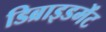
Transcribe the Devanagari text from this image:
डिब्राइडमेंट